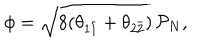
\phi = \sqrt { 8 ( \theta _ { 1 \bar { 1 } } + \theta _ { 2 \bar { 2 } } ) } \, \mathcal { P } _ { N } ,